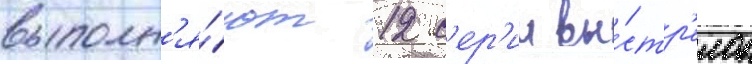
выполн'я́ют 12 с'ер'ии вы́стр'елов